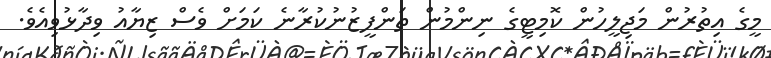
މީގެ އިތުރުން މަޖިލީހުން ކޮމިޓީގެ ނިންމުން ތަންފީޒުނުކުރާނެ ކަމަށް ވެސް ޒިޔާއު ވިދާޅުވިއެވެ.